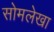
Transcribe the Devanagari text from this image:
सोमलेखा